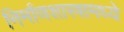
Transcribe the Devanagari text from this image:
निर्माणशास्त्रामध्ये